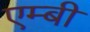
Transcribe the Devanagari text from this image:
एम्बी